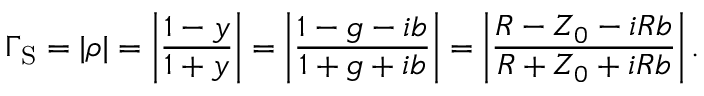
\Gamma _ { \mathrm { S } } = | \rho | = \left| \frac { 1 - y } { 1 + y } \right| = \left| \frac { 1 - g - i b } { 1 + g + i b } \right| = \left| \frac { R - Z _ { 0 } - i R b } { R + Z _ { 0 } + i R b } \right| .